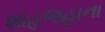
શાહજહાના